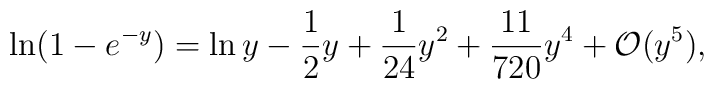
\ln ( 1 - e^{-y}) = \ln y - \frac{1}{2} y + \frac{1}{24} y^2 +\frac{11}{720} y^4 + {\cal O} (y^5),